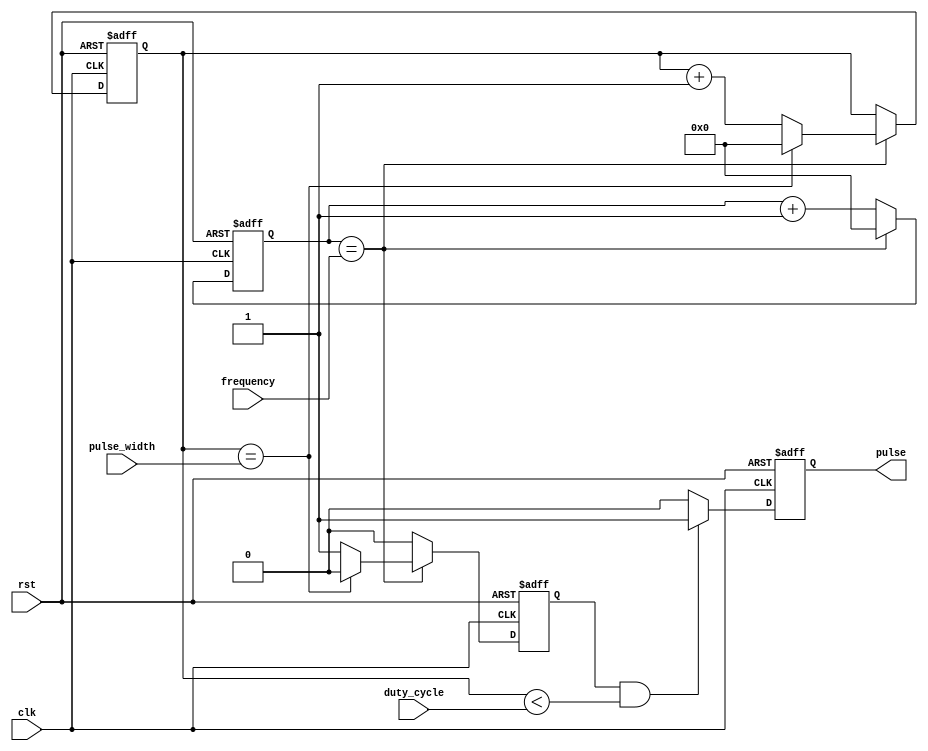
module synchronous_pulse_generator(
  input wire clk,
  input wire rst,
  input wire [7:0] frequency,
  input wire [7:0] duty_cycle,
  input wire [7:0] pulse_width,
  output reg pulse
);

// Internal registers
reg [7:0] count;
reg [7:0] pulse_count;
reg generate_pulse;

// Synchronous Pulse Generator logic
always @(posedge clk or posedge rst) begin
  if (rst) begin
    count <= 8'h00;
    pulse_count <= 8'h00;
    generate_pulse <= 1'b0;
    pulse <= 1'b0;
  end else begin
    if (count == frequency) begin
      count <= 8'h00;
      if (pulse_count == pulse_width) begin
        pulse_count <= 8'h00;
        generate_pulse <= 1'b0;
      end else begin
        pulse_count <= pulse_count + 1;
        generate_pulse <= 1'b1;
      end
    end else begin
      count <= count + 1;
      generate_pulse <= 1'b0;
    end
    
    if (generate_pulse && pulse_count < duty_cycle) begin
      pulse <= 1'b1;
    end else begin
      pulse <= 1'b0;
    end
  end
end

endmodule